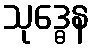
သုဒ္ဓေန